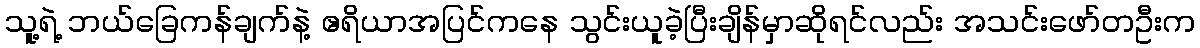
သူ့ရဲ့ ဘယ်ခြေကန်ချက်နဲ့ ဧရိယာအပြင်ကနေ သွင်းယူခဲ့ပြီးချိန်မှာဆိုရင်လည်း အသင်းဖော်တဦးက